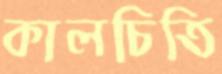
কালচিতি